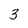
Character: 3